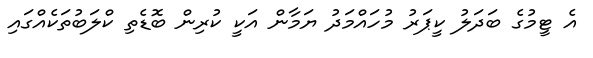
އެ ޓީމުގެ ބަދަލު ކީޕަރު މުހައްމަދު ޔަމާން އަކީ ކުރިން ބޮޑެތި ކްލަބުތަކެއްގައި